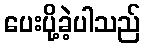
ပေးပို့ခဲ့ပါသည်